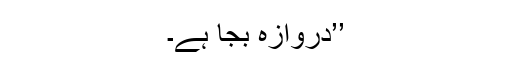
’’دروازہ بجا ہے۔